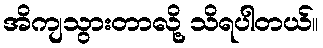
အိကျသွားတာလို့ သိရပါတယ်။